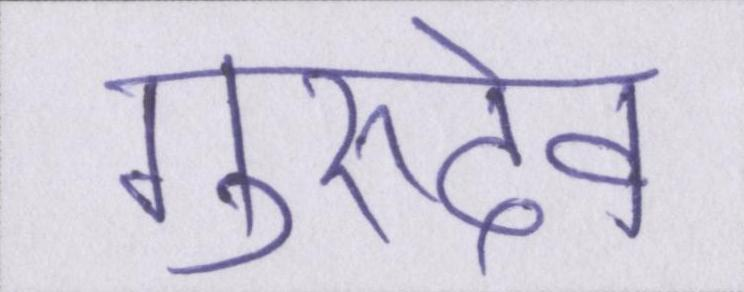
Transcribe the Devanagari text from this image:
गुरुदेव